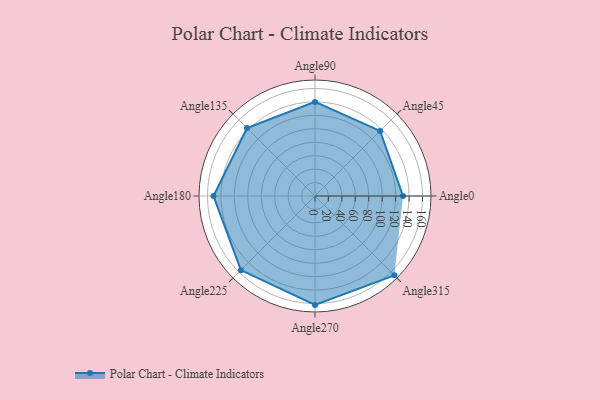
{"axis": {"x": "Angle", "y": "Radius"}, "legend": [""], "data": [{"x": "Angle0", "y": 131.0, "type": ""}, {"x": "Angle45", "y": 137.0, "type": ""}, {"x": "Angle90", "y": 140.0, "type": ""}, {"x": "Angle135", "y": 143.0, "type": ""}, {"x": "Angle180", "y": 151.0, "type": ""}, {"x": "Angle225", "y": 156.0, "type": ""}, {"x": "Angle270", "y": 162.0, "type": ""}, {"x": "Angle315", "y": 167.0, "type": ""}]}